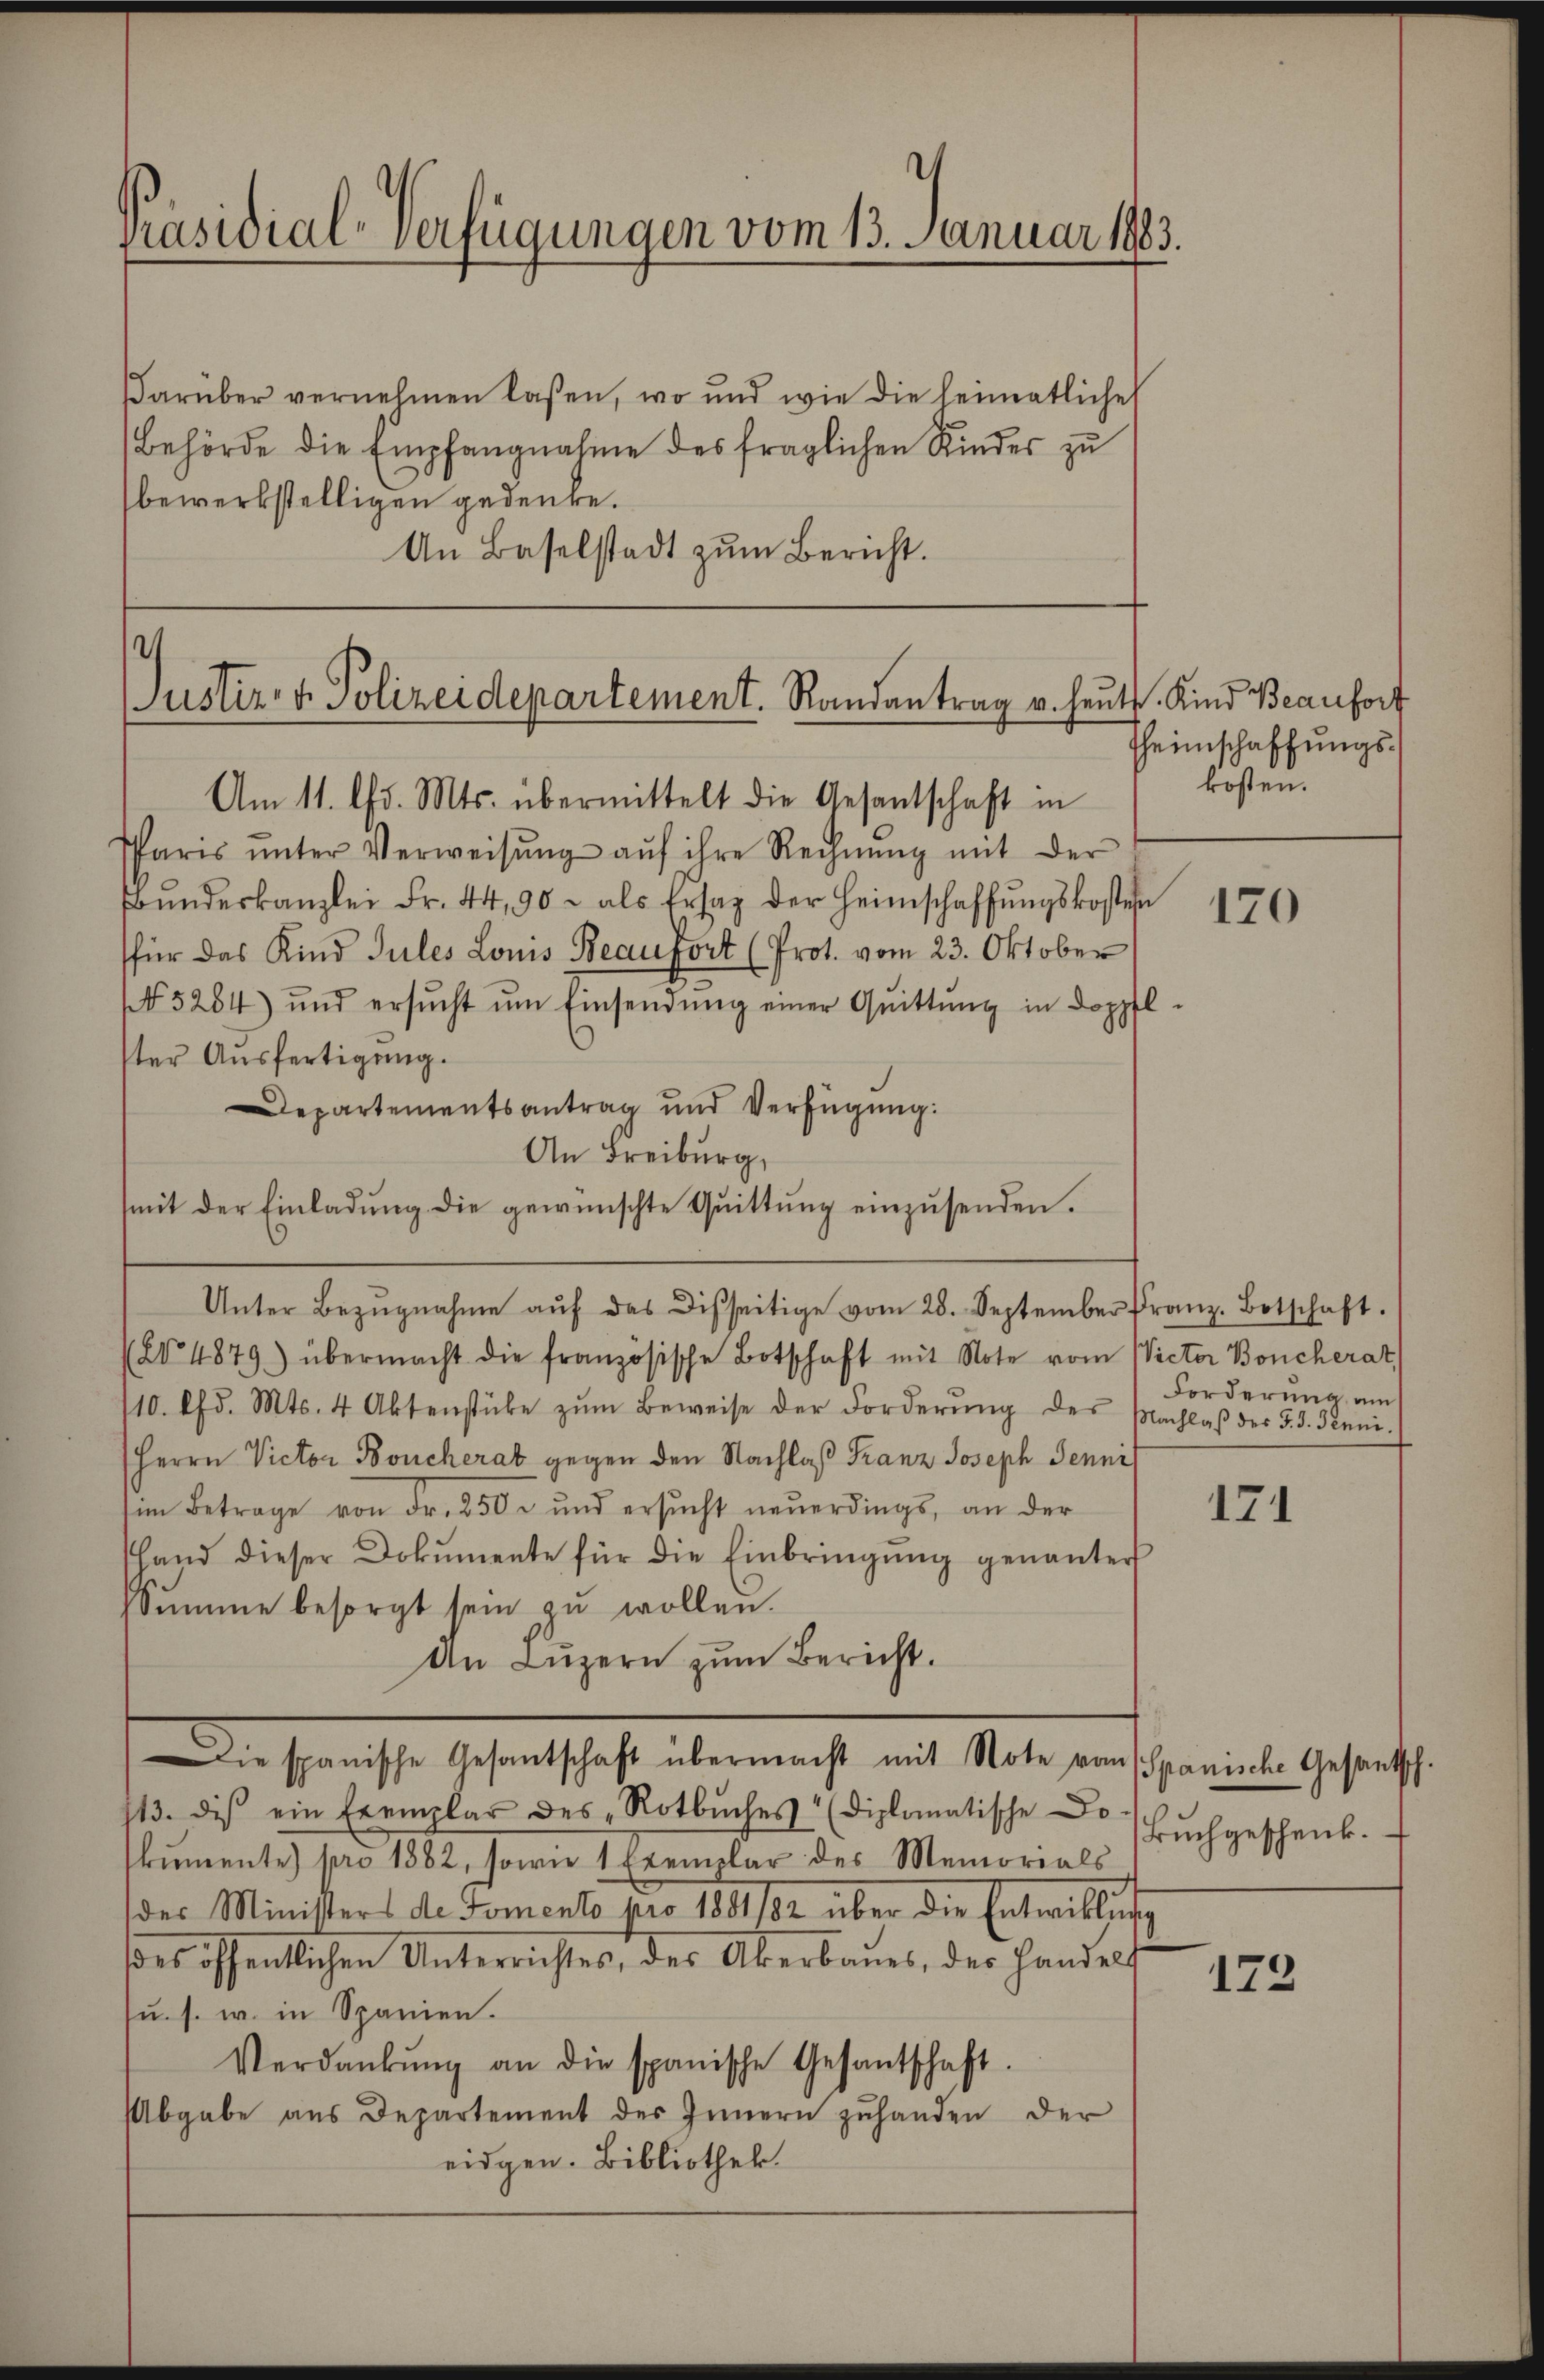
Präsidial-Verfügungen vom 13. Januar 1883.

darüber vernehmen lassen, wo und wie die heimatliche
Behörde die Empfangnahme des fraglichen Kindes zŭ
bewerkstelligen gedenke.
An Baselstadt zŭm Bericht.

s
Justiz- & Polizeidepartement. Randantrag v. heut. Kind Beaufort
Am 11. ds. Mts. übermittelt die Gesantschaft in

PParis ŭnter Verweisŭng aŭf ihre Rechnŭng mit der
Bŭndeskanzlei Fr. 44, 90 - als Ersatz der Heimschaffŭngskosten
für das Kind Sules Louis Beaufort (Prot. vom 23. Oktober
 5284) und ersŭcht ŭm Einsendŭng einer Quittŭng in doppfl-
ter Ausfertigung.
Departementsantrag und Verfügung:
An Freiburg
(mit der Einladŭng die gewünschte Qŭittŭng einzŭsenden.
(24879) übermacht die französische Botschaft mit Note vom Victor Boncherat
110. Chd. Mts. 4 Aktenstüke zŭm Beweise der Forderŭng des Nachlaβ der 3. d. Juni.
Herrn Victor Boucherab gegen den Nachlaß Franz Joseph Jenni
im Betrage von Fr. 250 und ersŭcht neŭerdings, an der
tland dieser Dokumente für die Einbringŭng genannter
Summe besorgt sein zu wollen.
An Luzern zum Bericht.
ie spanische Gesantschaft übermacht mit Note von Spanische Gesantsch.
113. dis ein Exemplar des „Rotbŭches (diplomatische Do
kumente pro 1882, sowie 1 Exemplar des Memorials
der Ministers de Domento pro 1881/82 über die Entwicklung
des öffentlichen Unterrichtes, der Aberbaues, der Handels
su. s. w. in Spanien.
Verdankŭng an die spanische Gesantschaft.
Abgabe aus Departement des Innern zuhanden der
eidgen. Bibliothek.

Unter Bezŭgnahme aŭf das Disseitige vom 28. September franz. Botschaft.

Theimschaffungs-
kosten.

120

Forderung, um

171

Buchgeschenk.

172